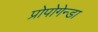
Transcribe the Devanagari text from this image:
प्रोपोगेन्डा